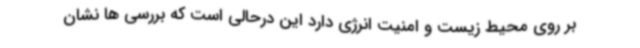
بر روی محیط زیست و امنیت انرژی دارد این درحالی است که بررسی ها نشان